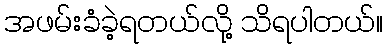
အဖမ်းခံခဲ့ရတယ်လို့ သိရပါတယ်။